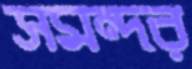
সমন্দর